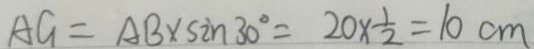
A G = A B \times \sin 3 0 ^ { \circ } = 2 0 \times \frac { 1 } { 2 } = 1 0 c m